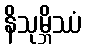
နိသုမ္ဘိဿံ